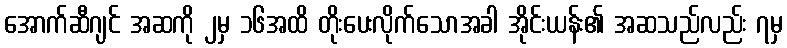
အောက်ဆီဂျင် အဆကို ၂မှ ၁၆အထိ တိုးပေးလိုက်သောအခါ အိုင်းယန်း၏ အဆသည်လည်း ၇မှ